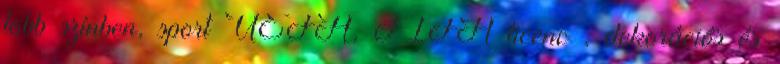
több színben, sport UEFA, FIFA licenc , dekorációs és